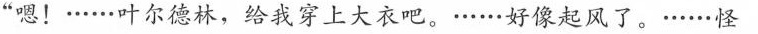
“嗯!·····叶尔德林，给我穿上大衣吧。·····好像起风了。·····怪